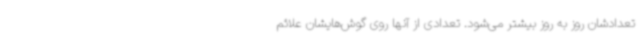
تعدادشان روز به روز بیشتر می‌شود. تعدادی از آنها روی گوش‌هایشان علائم